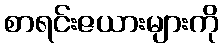
စာရင်းဇယားများကို